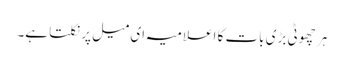
ہر چھوٹی بڑی بات کا اعلامیہ ای میل پر نکلتا ہے۔